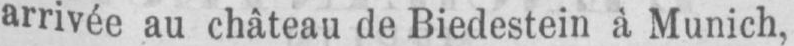
arrivée au château de Biedestein à Munich,